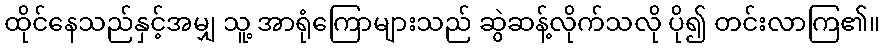
ထိုင်နေသည်နှင့်အမျှ သူ့ အာရုံကြောများသည် ဆွဲဆန့်လိုက်သလို ပို၍ တင်းလာကြ၏။